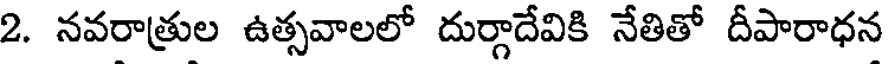
2. నవరాత్రుల ఉత్సవాలలో దుర్గాదేవికి నేతితో దీపారాధన